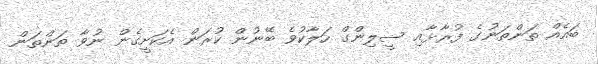
ބައެއް ތަންތަނުގެ ފުރާޅާއި ސީލިންގް ހަލާކުވެ ބޭނުން ކުރަން އެކަށީގެން ނުވާ ތަންތަން